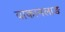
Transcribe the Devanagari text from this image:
वाकामलाङ